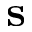
\mathbf { s }